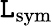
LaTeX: \mathtt{L}_{\mathrm{{sym}}}